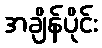
အချိန်ပိုင်း